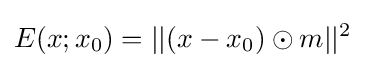
E(x;x_{0})=||(x-x_{0})\odot m||^{2}